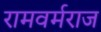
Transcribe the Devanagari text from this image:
रामवर्मराज